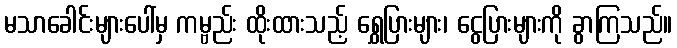
မသာခေါင်းများပေါ်မှ ကမ္ဗည်း ထိုးထားသည့် ရွှေပြားများ၊ ငွေပြားများကို ခွာကြသည်။